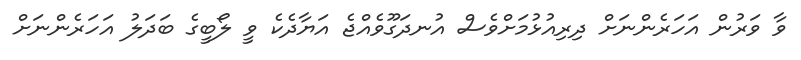
ވާ ވަރުން އަހަރެންނަށް ދިރިއުޅުމަށްވެސް އުނދަގޫވެއްޖެ އަޔާދެކެ ވީ ލޯބީގެ ބަދަލު އަހަރެންނަށް